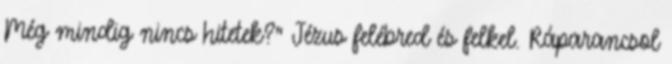
Még mindig nincs hitetek?” Jézus felébred és felkel. Ráparancsol